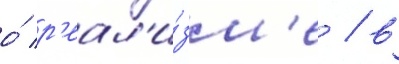
о́ р'еал'и́зм'е / в